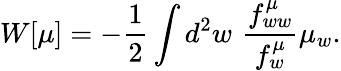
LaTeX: W[\mu]=-{\frac{1}{2}}\int d^{2}w\, \, {\frac{f_{ww}^{\mu}}{f_{w}^{\mu}}}\mu_{w}.